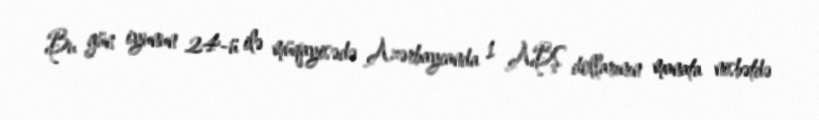
Bu gün iyunun 24-ü ilə müqayisədə Azərbaycanda 1 ABŞ dollarının manata nisbətdə